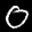
Label: 0